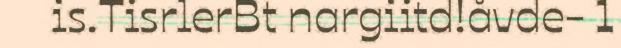
is.TisrlerBt nargiitd!åvde- 1